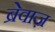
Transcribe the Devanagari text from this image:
ब्रेवाज़